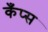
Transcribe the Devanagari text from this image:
कँप्स